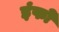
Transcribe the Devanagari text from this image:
इंफो